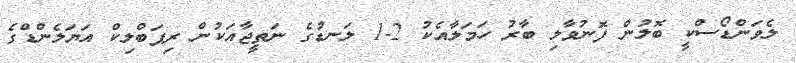
ލެވަންޑޯސްކީ ބޮލުން ފޮނުވާލި ބާރު ހަމަލާއެކު 2-1 ލަނޑުގެ ނަތީޖާއަކުން ރިޕަބްލިކް އަޔަލެންޑްގެ